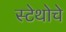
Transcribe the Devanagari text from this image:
स्टेथोचे